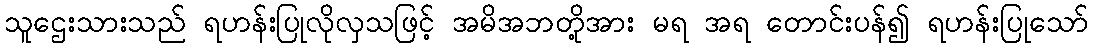
သူဌေးသားသည် ရဟန်းပြုလိုလှသဖြင့် အမိအဘတို့အား မရ အရ တောင်းပန်၍ ရဟန်းပြုသော်